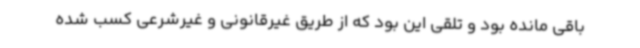
باقی مانده بود و تلقی این بود که از طریق غیرقانونی و غیرشرعی کسب شده